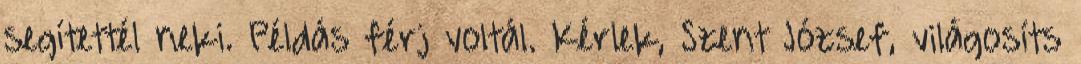
segítettél neki. Példás férj voltál. Kérlek, Szent József, világosíts